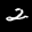
Label: 2